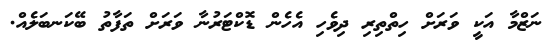
ނަޒްމާ އަކީ ވަރަށް ހިތްތިރި ދިވެހި އެހެން ޑޮކްޓަރުނާ ވަރަށް ތަފާތު ބޭކަނބަލެއް.